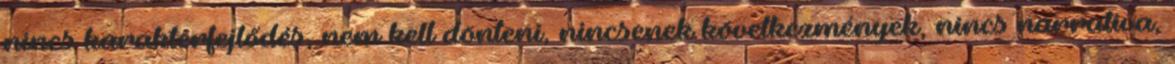
nincs karakterfejlődés, nem kell dönteni, nincsenek következmények, nincs narratíva,